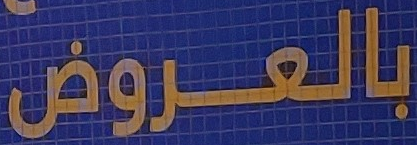
بالعروض